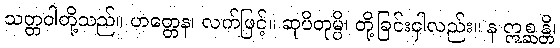
သတ္တဝါတို့သည်။ ဟတ္တေန၊ လက်ဖြင့်။ ဆုပိတုမ္ပိ၊ တို့ခြင်းငှါလည်း။ န ဣစ္ဆန္တိ၊